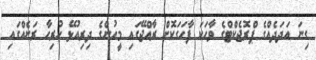
ގިނަ އަދަދެއްގެ ޕްރޮޖެކްޓްގެ ވާހަކަ ފާހަގަކޮށް ރާއްޖޭގައި މީހުންގެ ދިރިއުޅޭ ހުރިހާ ރަށެއްގައި